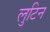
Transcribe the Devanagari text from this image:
लुटिन